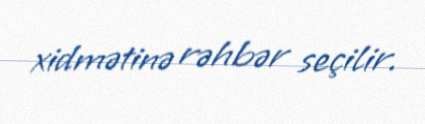
xidmətinə rəhbər seçilir.